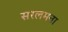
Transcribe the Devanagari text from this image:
सरलमना